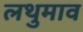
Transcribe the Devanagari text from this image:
लथुमाव